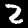
Digit: 2